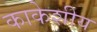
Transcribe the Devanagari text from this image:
काकेशीय